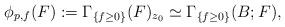
LaTeX: \begin{align*}\phi_{p,f}(F):=\Gamma_{\{f \ge 0\}}(F)_{z_0}\simeq \Gamma_{\{f \ge 0\}}(B;F),\end{align*}